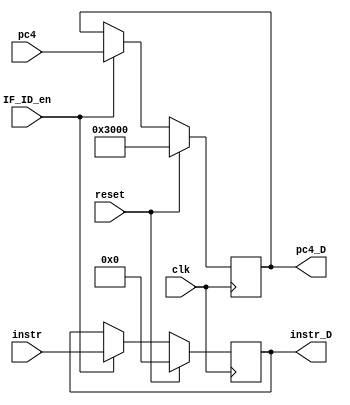
`timescale 1ns / 1ps
//////////////////////////////////////////////////////////////////////////////////
// Company: 
// Engineer: 
// 
// Design Name: 
// Module Name:    IF_ID 
// Project Name: 
// Target Devices: 
// Tool versions: 
// Description: 
//
// Dependencies: 
//
// Revision: 
// Revision 0.01 - File Created
// Additional Comments: 
//
//////////////////////////////////////////////////////////////////////////////////
module IF_ID(
	 input clk,
	 input reset,
	 input IF_ID_en,
	 input [31:0] instr,
	 input [31:0] pc4,
	 output reg[31:0] instr_D,
	 output reg[31:0] pc4_D
    );
	 
	 initial begin
		instr_D <= 0;
		pc4_D <= 0;
	 end
	 
	 always @(posedge clk)begin
		if(reset)begin
			instr_D <= 0;
			pc4_D <= 32'h00003000;
		end
		else begin
			if(IF_ID_en!=0)begin
				instr_D <= instr;
				pc4_D <= pc4;
			end
		end
	 end	 

endmodule